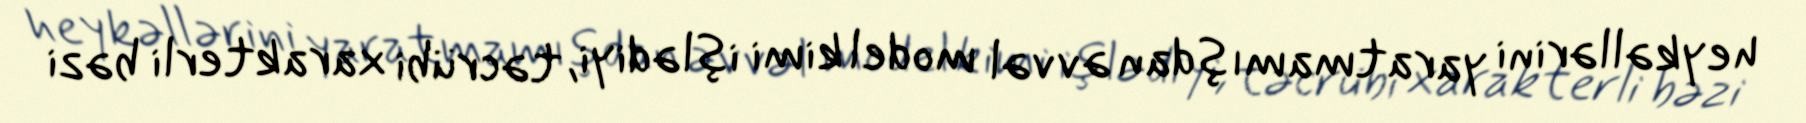
heykəllərini yaratmamışdan əvvəl model kimi işlədiyi, təcrübi xarakterli bəzi